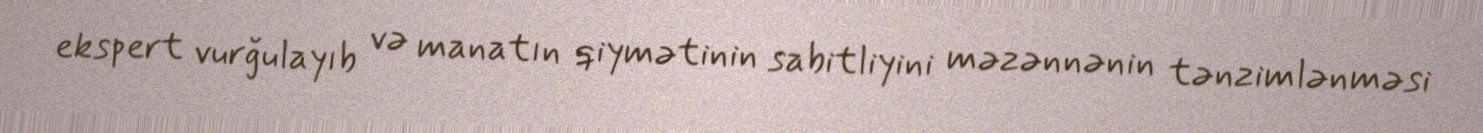
ekspert vurğulayıb və manatın qiymətinin sabitliyini məzənnənin tənzimlənməsi